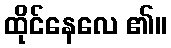
ထိုင်နေလေ ၏။